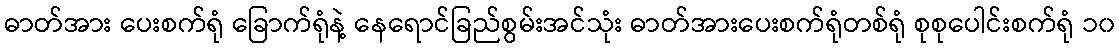
ဓာတ်အား ပေးစက်ရုံ ခြောက်ရုံနဲ့ နေရောင်ခြည်စွမ်းအင်သုံး ဓာတ်အားပေးစက်ရုံတစ်ရုံ စုစုပေါင်းစက်ရုံ ၁၀